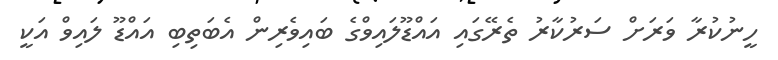
ހީނުކުރާ ވަރަށް ސަރުކާރު ތެރޭގައި އައްޑޫލައިވްގެ ބައިވެރިން އެބަތިބި އައްޑޫ ލައިވް އަކީ